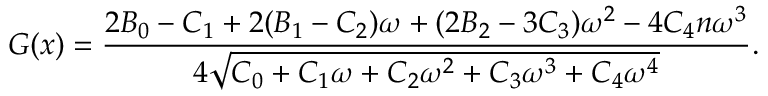
G ( x ) = { \frac { 2 { B _ { 0 } } - { C _ { 1 } } + 2 ( { B _ { 1 } } - { C _ { 2 } } ) { \omega } + ( 2 { B _ { 2 } } - 3 { C _ { 3 } } ) { { \omega } ^ { 2 } } - 4 { C _ { 4 } } n { { \omega } ^ { 3 } } } { 4 { \sqrt { { C _ { 0 } } + { C _ { 1 } } { \omega } + { C _ { 2 } } { { \omega } ^ { 2 } } + { C _ { 3 } } { { \omega } ^ { 3 } } + { C _ { 4 } } { { \omega } ^ { 4 } } } } } } .